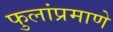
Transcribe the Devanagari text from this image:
फुलांप्रमाणे